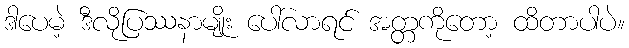
ဒါပေမဲ့ ဒီလိုပြဿနာမျိုး ပေါ်လာရင် အတ္တကိုတော့ ထိတာပါပဲ။